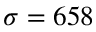
\sigma = { 6 5 8 }